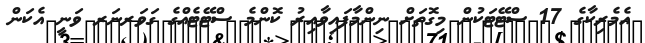
އެމެރިކާގެ 17 ސްޓޭޓަކުން މިގޮތަށް ނިންމާފައިވާއިރު ކޮންމެ ސްޓޭޓެއްގެ ގަވަރނަރ ވަނީ އެކަން